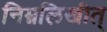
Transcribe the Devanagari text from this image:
निम्नलिखीत्